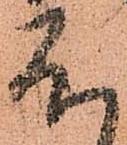
不